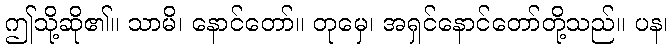
ဤသို့ဆို၏။ သာမိ၊ နောင်တော်။ တုမှေ၊ အရှင်နောင်တော်တို့သည်။ ပန၊